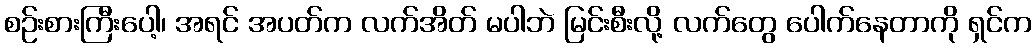
စဉ်းစားကြီးပေါ့၊ အရင် အပတ်က လက်အိတ် မပါဘဲ မြင်းစီးလို့ လက်တွေ ပေါက်နေတာကို ရှင်က